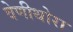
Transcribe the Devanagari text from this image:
वेणीथोरा